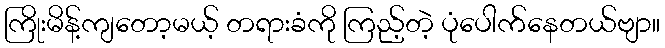
ကြိုးမိန့်ကျတော့မယ့် တရားခံကို ကြည့်တဲ့ ပုံပေါက်နေတယ်ဗျာ။